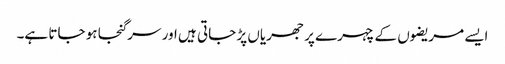
ایسے مریضوں کے چہرے پر جھریاں پڑ جاتی ہیں اور سر گنجا ہو جاتا ہے۔